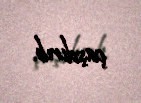
çaşdırıb.